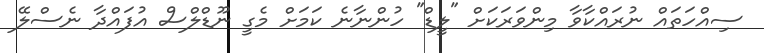
ސިއްހަތައް ނުރައްކާވާ މިންވަރަކަށް "ލީޑް" ހުންނާނެ ކަމަށް މެގީ ނޫޑްލްސް އުފައްދާ ނެސްލޭ